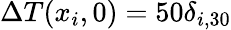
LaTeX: \Delta T(x_{i},0)=50\delta_{i,30}